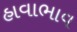
હાવાભાવ